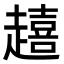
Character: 𮚿